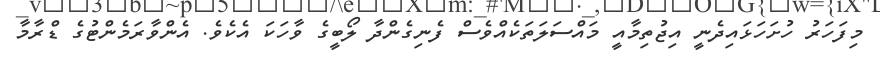
މިފަހަރު ހުށަހަޅައިދެނީ އިޖުތިމާއީ މައްސަލަތަކެއްވެސް ފެނިގެންދާ ލޯބީގެ ވާހަކަ އެކެވެ. އެންވާރަމެންޓުގެ ޑްރާމާ